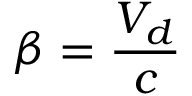
\beta = \frac { V _ { d } } { c }